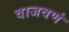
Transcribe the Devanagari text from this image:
वाजवणं